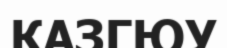
КАЗГЮУ